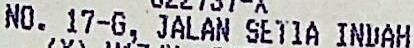
NO. 17-G, JALAN SETIA INDAH